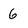
Character: 6